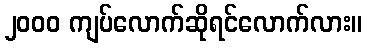
၂၀၀၀ ကျပ်လောက်ဆိုရင်လောက်လား။